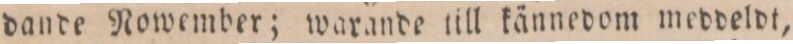
dande Nowember; warande till kännedom meddeldt,